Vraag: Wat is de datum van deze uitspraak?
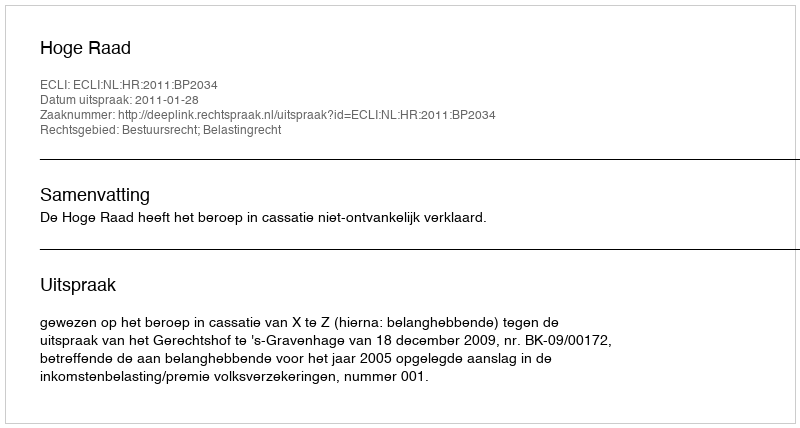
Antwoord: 2011-01-28